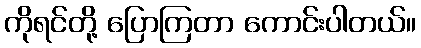
ကိုရင်တို့ ပြောကြတာ ကောင်းပါတယ်။